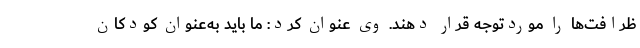
ظرافت‌ها را موردتوجه قرار دهند. وی عنوان کرد: ما باید به‌عنوان کودکان